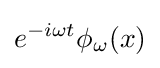
e^{-i\omega t}\phi _{\omega }(x)